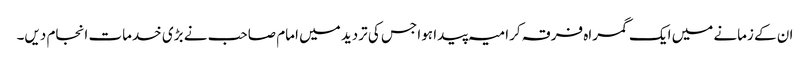
ان کے زمانے میں ایک گمراہ فرقہ کرامیہ پیدا ہوا جس کی تردید میں امام صاحب نے بڑی خدمات انجام دیں۔